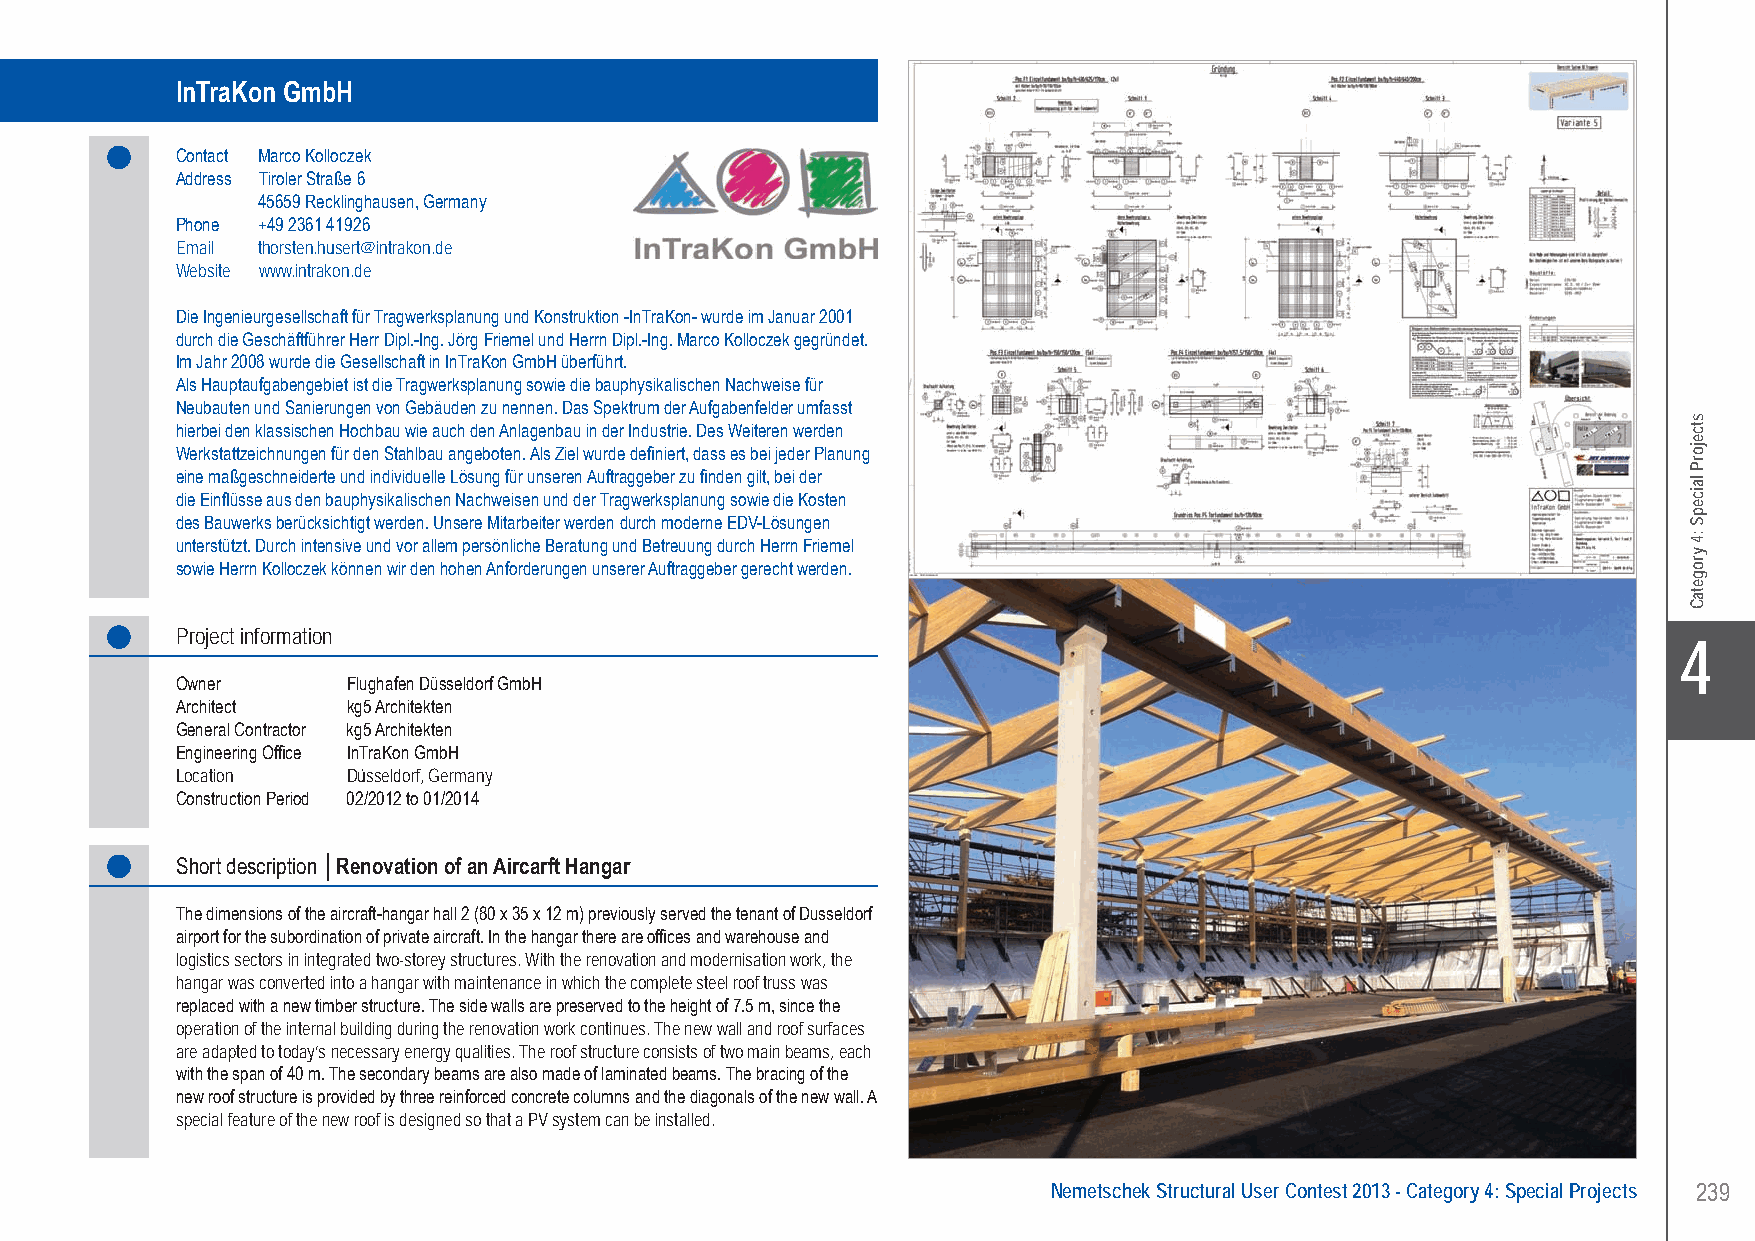
InTraKon GmbH ....Renovation of an Aircarft Hangar - Düsseldorf, Germany
 InTraKon GmbH
 Contact Marco Kolloczek
 Address Tiroler Straße 6
 45659 Recklinghausen, Germany
 Phone +49 2361 41926
 Email thorsten.husert@intrakon.de
 Website www.intrakon.de
 Die Ingenieurgesellschaft für Tragwerksplanung und Konstruktion -InTraKon- wurde im Januar 2001
 durch die Geschäftführer Herr Dipl.-Ing. Jörg Friemel und Herrn Dipl.-Ing. Marco Kolloczek gegründet.
 Im Jahr 2008 wurde die Gesellschaft in InTraKon GmbH überführt.
 Als Hauptaufgabengebiet ist die Tragwerksplanung sowie die bauphysikalischen Nachweise für
 Neubauten und Sanierungen von Gebäuden zu nennen. Das Spektrum der Aufgabenfelder umfasst
 hierbei den klassischen Hochbau wie auch den Anlagenbau in der Industrie. Des Weiteren werden
 Werkstattzeichnungen für den Stahlbau angeboten. Als Ziel wurde definiert, dass es bei jeder Planung
 eine maßgeschneiderte und individuelle Lösung für unseren Auftraggeber zu finden gilt, bei der
 die Einflüsse aus den bauphysikalischen Nachweisen und der Tragwerksplanung sowie die Kosten
 des Bauwerks berücksichtigt werden. Unsere Mitarbeiter werden durch moderne EDV-Lösungen
 unterstützt. Durch intensive und vor allem persönliche Beratung und Betreuung durch Herrn Friemel
 sowie Herrn Kolloczek können wir den hohen Anforderungen unserer Auftraggeber gerecht werden.
 Project information
 X4
 Owner      Flughafen Düsseldorf GmbH
 Architect  kg5 Architekten
 General Contractor kg5 Architekten
 Engineering Office InTraKon GmbH
 Location   Düsseldorf, Germany
 Construction Period 02/2012 to 01/2014
 Short description │Renovation of an Aircarft Hangar
 The dimensions of the aircraft-hangar hall 2 (80 x 35 x 12 m) previously served the tenant of Dusseldorf
 airport for the subordination of private aircraft. In the hangar there are offices and warehouse and
 logistics sectors in integrated two-storey structures. With the renovation and modernisation work, the
 hangar was converted into a hangar with maintenance in which the complete steel roof truss was
 replaced with a new timber structure. The side walls are preserved to the height of 7.5 m, since the
 operation of the internal building during the renovation work continues. The new wall and roof surfaces
 are adapted to today’s necessary energy qualities. The roof structure consists of two main beams, each
 with the span of 40 m. The secondary beams are also made of laminated beams. The bracing of the
 new roof structure is provided by three reinforced concrete columns and the diagonals of the new wall. A
 special feature of the new roof is designed so that a PV system can be installed.
 Nemetschek Structural User Contest 2013 - Category 4: Special Projects 239
 UC-2013-Book-V8.indd 239                                                                                  7/11/2013 11:54:51 AM
 stcejorP
 laicepS
 :4
 yrogetaC